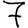
Digit: 7